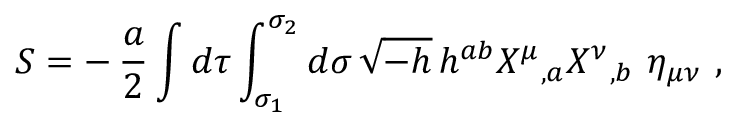
S = - \, { \frac { a } { 2 } } \int d \tau \int _ { \sigma _ { 1 } } ^ { \sigma _ { 2 } } d \sigma \, \sqrt { - h } \, h ^ { a b } X ^ { \mu } \mathstrut _ { , a } X ^ { \nu } \mathstrut _ { , b } \, \, \eta _ { \mu \nu } \ ,